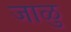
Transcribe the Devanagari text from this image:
जाळु